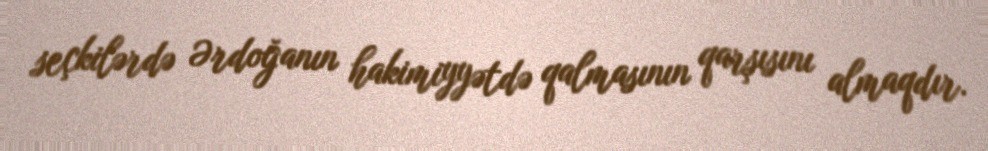
seçkilərdə Ərdoğanın hakimiyyətdə qalmasının qarşısını almaqdır.